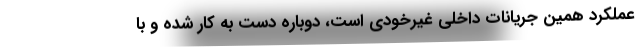
عملکرد همین جریانات داخلی غیرخودی است، دوباره دست به کار شده و با